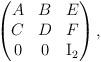
LaTeX: \begin{align*} \begin{pmatrix} A & B & E \\ C & D & F \\ 0 & 0 & \mathrm{I_2}\end{pmatrix}, \end{align*}